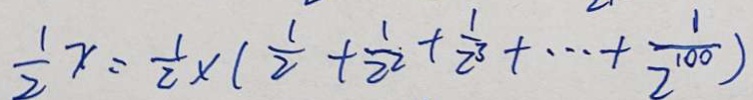
\frac { 1 } { 2 } x = \frac { 1 } { 2 } \times ( \frac { 1 } { 2 } + \frac { 1 } { 2 ^ { 2 } } + \frac { 1 } { 2 ^ { 3 } } + \cdots + \frac { 1 } { 2 ^ { 3 } } + \cdots + \frac { 1 } { 2 ^ { 1 0 0 } } )